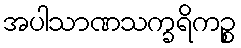
အပါသာဏသက္ခရိကဉ္စ